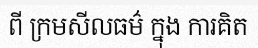
ពី ក្រមសីលធម៌ ក្នុង ការគិត